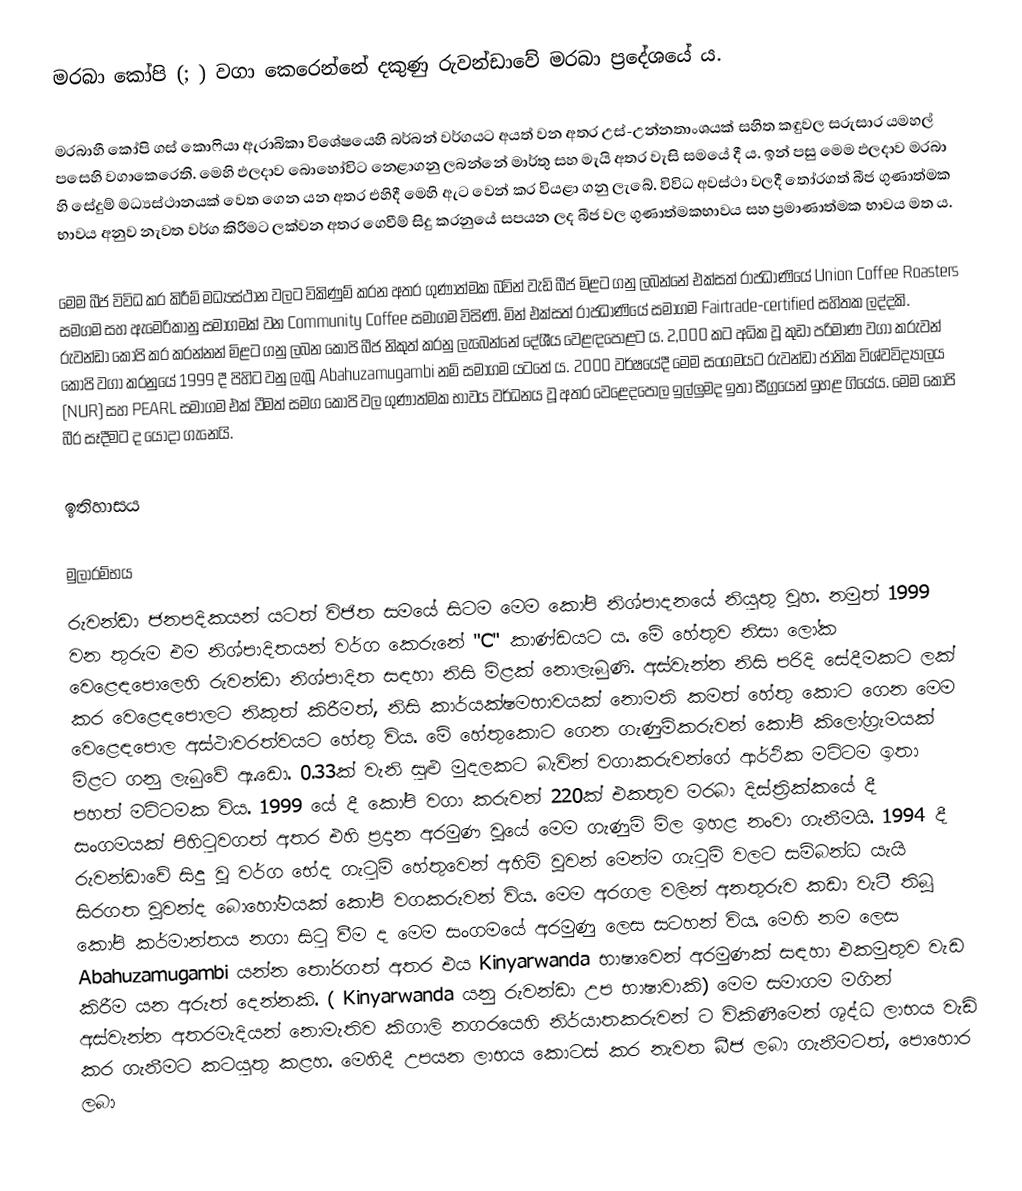
මරබා කෝපි  (; ) වගා කෙරෙන්නේ දකුණු රුවන්ඩාවේ මරබා ප්‍රදේශයේ ය.

මරබාහී කෝපි ගස්  කොෆියා ඇරාබිකා විශේෂයෙහි බර්බන් වර්ගයට අයත් වන අතර උස්-උන්නතාංශයක් සහිත කඳුවල සරුසාර යමහල් පසෙහි වගාකෙරෙති.  මෙහි ඵලදාව බොහෝවිට නෙළාගනු ලබන්නේ මාර්තු සහ මැ‍යි අතර වැසි සමයේ දී ය. ඉන් පසු මෙම ඵලදාව මරබා හි සේදුම් මධ්‍යස්ථානයක් වෙත ගෙන යන අතර එහිදී මෙහි ඇට වෙන් කර වියළා ගනු ලැබේ. විවිධ අවස්ථා වලදී තෝරගත් බීජ ගුණාත්මක භාවය අනුව නැවත වර්ග කිරීමට ලක්වන අතර ගෙවීම් සිදු කරනුයේ සපයන ලද බීජ වල ගුණාත්මකභාවය සහ ප්‍රමාණාත්මක භාවය මත ය.

මෙම බීජ විවිධ කර කිරීම් මධ්‍යස්ථාන වලට විකිණුම් කරන අතර ගුණාත්මක බවින් වැඩි බීජ මිළට ගනු ලබන්නේ එක්සත් රාජධාණියේ Union Coffee Roasters සමගම සහ ඇමෙරිකානු සමාගමක් වන Community Coffee සමාගම විසිණි. මින් එක්සත් රාජධාණියේ සමාගම Fairtrade-certified සහිතක ලද්දකි. රුවන්ඩා කෝපි කර කරන්නන් මිළට ගනු ලබන කෝපි බීජ නිකුත් කරනු ලැබෙන්නේ දේශීය වෙළඳපොළට ය. 2,000 කට අධික වූ කුඩා පරිමාණ වගා කරුවන් කෝපි වගා කරනුයේ 1999 දී පිහිට වනු ලැබූ Abahuzamugambi නම් සමාගම යටතේ ය. 2000 වර්ෂයේදී මෙම සංගමයට රුවන්ඩා ජාතික විශ්වවිද්‍යාලය (NUR) සහ  PEARL  සමාගම එක් වීමත් සමග කෝපි වල ගුණාත්මක භාවය වර්ධනය වූ අතර වෙළෙදපොල ඉල්ලුමද ඉතා සීග්‍රයෙන් ඉහළ ගියේය. මෙම කෝපි බීර සෑදීමට ද යොදා ගැනෙයි.

ඉතිහාසය

මුලාරම්භය
රුවන්ඩා ජනපදිකයන් යටත් විජිත සමයේ සිටම මෙම කෝපි නිශ්පාදනයේ නියුතු වූහ. නමුත් 1999 වන තුරුම එම නිශ්පාදිතයන් වර්ග කෙරුනේ "C" කාණ්ඩයට ය. මේ හේතුව නිසා ලෝක වෙළෙඳපොලෙහි රුවන්ඩා නිශ්පාදිත සඳහා නිසි මිළක් නොලැබුණි. අස්වැන්න නිසි පරිදි සේදීමකට ලක් කර වෙළෙඳපොලට නිකුත් කිරීමත්, නිසි කාර්යක්ෂමභාවයක් නොමති කමත් හේතු කොට ගෙන මෙම වෙළෙඳපොල අස්ථාවරත්වයට හේතු විය. මේ හේතුකොට ගෙන ගැණුම්කරුවන් කෝපි කිලෝග්‍රැමයක් මිළට ගනු ලැබුවේ ඇ.ඩො. 0.33ක් වැනි සුළු මුදලකට බැවින් වගාකරුවන්ගේ ආර්ථික මට්ටම ඉතා පහත් මට්ටමක විය. 1999 යේ දී කෝපි වගා කරුවන් 220ක් එකතුව මරබා දිස්ත්‍රික්කයේ දී සංගමයක් පිහිටුවගත් අතර එහි ප්‍රදාන අරමුණ වූයේ මෙම ගැණුම් මිල ඉහළ නංවා ගැනීමයි. 1994 දී රුවන්ඩාවේ සිදු වූ වර්ග භේද ගැටුම් හේතුවෙන් අහිමි වූවන් මෙන්ම ගැටුම් වලට සම්බන්ධ යැයි සිරගත වූවන්ද බොහෝමයක් කෝපි වගකරුවන් විය. මෙම අරගල වලින් අනතුරුව කඩා වැටී තිබූ කෝපි කර්මාන්තය නගා සිටු වීම ද මෙම සංගමයේ අරමුණු ලෙස සටහන් විය. මෙහි නම ලෙස Abahuzamugambi යන්න තෝරගත් අතර එය Kinyarwanda භාෂාවෙන් අරමුණක් සඳහා එකමුතුව වැඩ කිරීම යන අරුත් දෙන්නකි. ( Kinyarwanda යනු රුවන්ඩා උප භාෂාවාකි) මෙම සමාගම මගින් අස්වැන්න අතරමැදියන් නොමැතිව කිගාලි නගරයෙහි නිර්යාතකරුවන් ට විකිණීමෙන් ශුද්ධ ලාභය වැඩි කර ගැනීමට  කටයුතු කළහ. මෙහිදී උපයන ලාභය කොටස් කර නැවත බීජ ලබා ගැනීමටත්, පොහොර ලබා